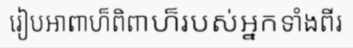
រៀបអាពាហ៏ពិពាហ៏របស់អ្នកទាំងពីរ